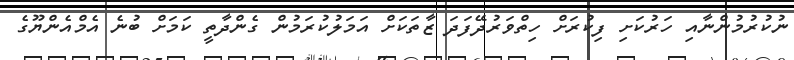
ނުކުރުމުންނާއި ހަރުކަށި ފިކުރަށް ހިތްވަރުދޭފަދަ ޒާތަކަށް އަމަލުކުރަމުން ގެންދާތީ ކަމަށް ބުނެ އެމްއެންޔޫގެ